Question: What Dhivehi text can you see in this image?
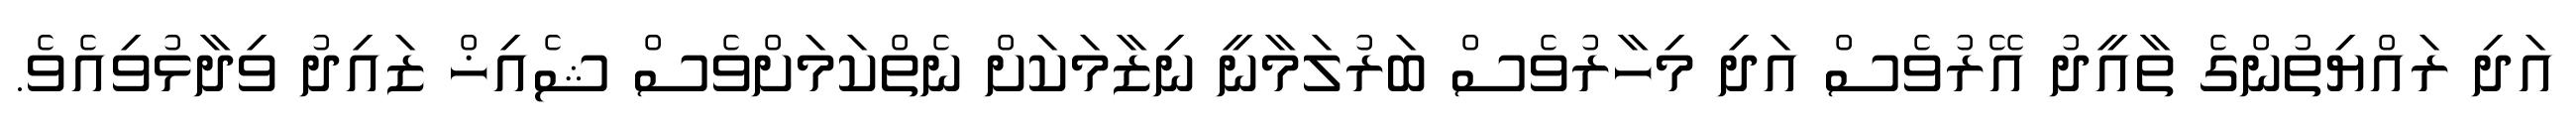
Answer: އަދި ރައްޔިތުންގެ ތާއީދު އޭރުވެސް އަދި މިހާރުވެސް ބަރުލަމާނީ ނިޒާމަކަށް ނެތްކަމަށްވެސް ޝެއިޚް ޒައިދު ވިދާޅުވިއެވެ.